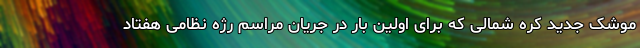
موشک جدید کره شمالی که برای اولین بار در جریان مراسم رژه نظامی هفتاد